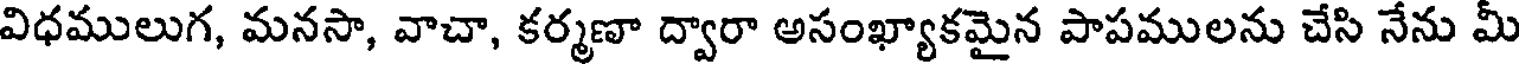
విధములుగ, మనసా, వాచా, కర్మణా ద్వారా అసంఖ్యాకమైన పాపములను చేసి నేను మీ